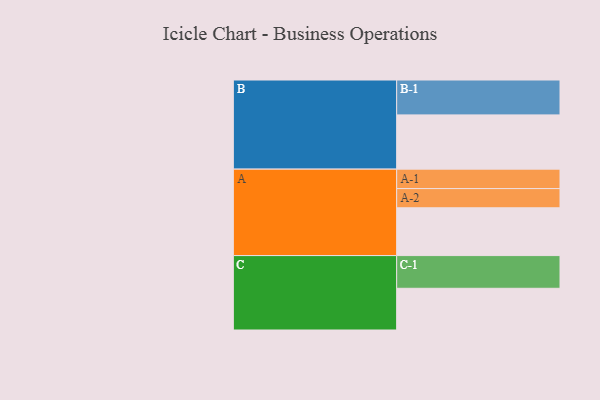
{"axis": {"x": "Segment", "y": "Value"}, "legend": ["", "A", "B", "C"], "data": [{"x": "A", "y": 393, "type": ""}, {"x": "B", "y": 446, "type": ""}, {"x": "C", "y": 343, "type": ""}, {"x": "A-1", "y": 160, "type": "A"}, {"x": "A-2", "y": 158, "type": "A"}, {"x": "B-1", "y": 287, "type": "B"}, {"x": "C-1", "y": 269, "type": "C"}]}